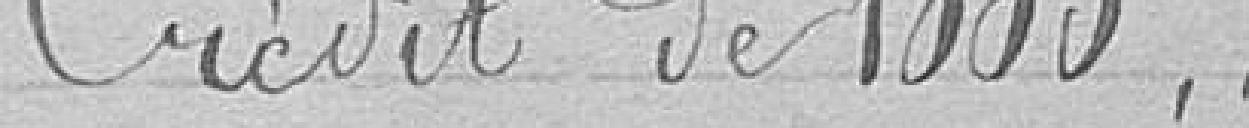
crédit de 1000 francs